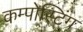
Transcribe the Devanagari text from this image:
कम्पोस्टिंग